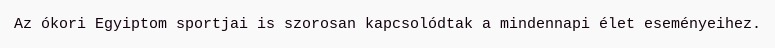
Az ókori Egyiptom sportjai is szorosan kapcsolódtak a mindennapi élet eseményeihez.